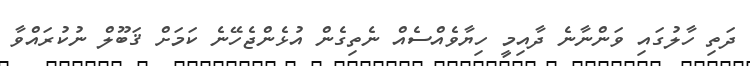
ދަތި ހާލުގައި ވަންނާނެ ދާއިމީ ހިޔާވެއްސެއް ނެތިގެން އުޅެންޖެހޭނެ ކަމަށް ޤަބޫލް ނުކުރައްވާ